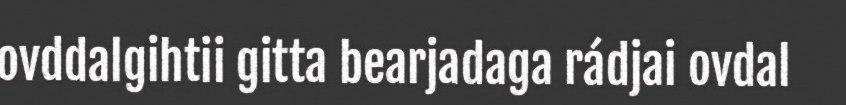
ovddalgihtii gitta bearjadaga rádjai ovdal